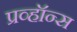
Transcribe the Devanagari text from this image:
प्रव्हॉन्स